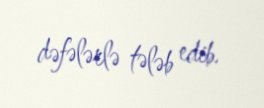
dəfələrlə tələb edib.